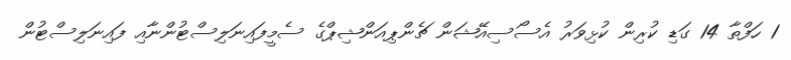
1 ހަފްތާ 14 ގަޑި ކުރިން ކުޅިވަރު އެސޯސިއޭޝަން ޗެންޕިއަންޝިޕްގެ ސެމީފައިނަލިސްޓުންނާއި ފައިނަލިސްޓުން